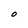
Character: O